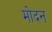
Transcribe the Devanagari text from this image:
मोदन